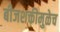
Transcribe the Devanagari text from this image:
बीजशक्तीमुळेच